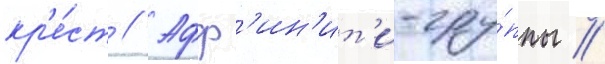
кр'е́ст // Афф'ин'ит'и-гру́ппы //